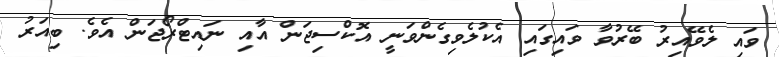
ވައި ލެވޭއިރު ބޭރުވާ ވައިގައި އެކުލެވިގެންވަނީ އޮކްސިޖަން އާއި ނައިޓްރޯޖަން އެވެ. ބިއަރު